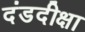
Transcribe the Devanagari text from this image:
दंडदीक्षा